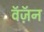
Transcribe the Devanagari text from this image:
वॅज़ॅन